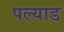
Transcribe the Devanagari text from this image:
पल्याड